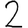
Digit: 2